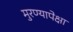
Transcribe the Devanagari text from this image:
मुरण्यापेक्षा